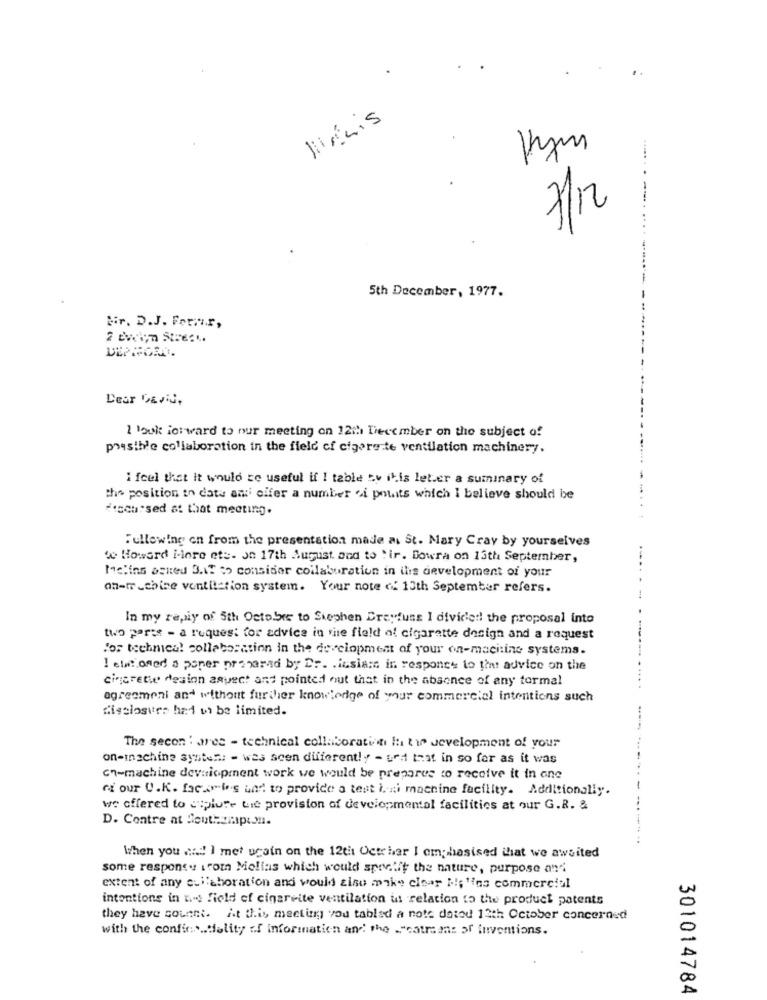
Hym
5th December, 1977.
Bir. D.J. Formir,
2 evelyn Streck.
Desr David.
1 louk forward to nur meeting on 12th December on the subject of
presthe collaboration in the field of cigare te ventilation machinery.
i feel that it would be useful if I table av this leter a suminary of
the position in data ami cifer a number .i pouits which I believe should be
focused at that meeting.
Fullowing en from the presentation made as St. Mary Cray by yourselves
Howard i-lore ete. on 17th Aumlist and to "ir. Bowra on 13th September,
Melins asked 3.IT >> consider collaboration in ilis development of your
an-rr chine ventilation system. Your note of 13th September refers.
In my rapiy of 5th October to Stephen Dreyfuss I divided! the proposal into
two paris - a request for advice in the field of cigarette design and a request
for technical collaboration in the do ciopment of your on-maciting systems.
I elw: oned a poner prepared by Dr. lasiam in response to the advice on the
cigarette desion aspect and pointed out that in the absence of any formal
agreemeni and without further knowledge of your commercial intentions such
disclosure had to be limited.
The secon : ares - technical collaboration lit the development of your
on-inschine system: - wes scen different!y - ued that in so far as it was
ch-machine development work we would be prepares to receive it in one
of our U.K. facile's und to provide a test ini machine facility. Additionally.
we offered to cuplure Lie provision of developmental facilities at our G.R. &
--
D. Contre at SouthamptM.
When you wie! I met ucain on the 12tit Octr har I emphasised that we awsited
some response from Mollas which would specify the nature, purpose and
extent of any cuilaboration and would also make clear i;'ins commercial
intentions in het field of cinareite ventilation us relation to the product patents
they have count. it this meeting you tablad a note dated 12th October concerned
with the confir .... tality of information and the -"catmeans of inventions.
301014784